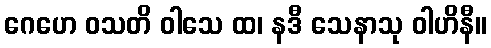
ဂေဟေ ဝသတိ ဝါသေ ထ၊ နဒီ သေနာသု ဝါဟိနီ။